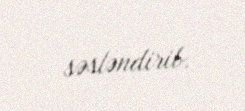
səsləndirib.